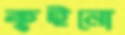
কুইনো